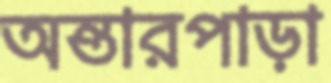
অন্তারপাড়া